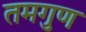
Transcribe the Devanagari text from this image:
तमगुण